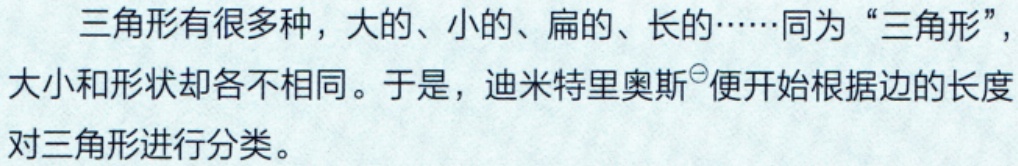
三角形有很多种，大的、小的、扁的、长的……同为“三角形”，大小和形状却各不相同。于是，迪米特里奥斯\(^{\ominus}\)便开始根据边的长度对三角形进行分类。